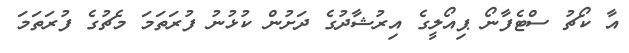
އާ ކޯޗު ސްޓެފާނޯ ޕިއޯލީގެ އިރުޝާދުގެ ދަށުން ކުޅުނު ފުރަތަމަ މެޗުގެ ފުރަތަމަ